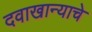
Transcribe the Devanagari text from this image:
दवाखान्याचे